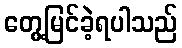
တွေ့မြင်ခဲ့ရပါသည်